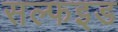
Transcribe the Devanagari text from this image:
सल्फइड